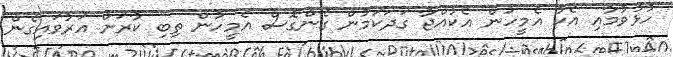
ހުޅުވުމާއި އެކު އެމީހުން އެކުއްޖާ ގަަދަކަމުން ގެންގޮސް އެމީހުން ތިބި ކާރަށް އަރުވައިގެން